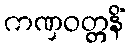
ကဏှဝတ္တနိံ